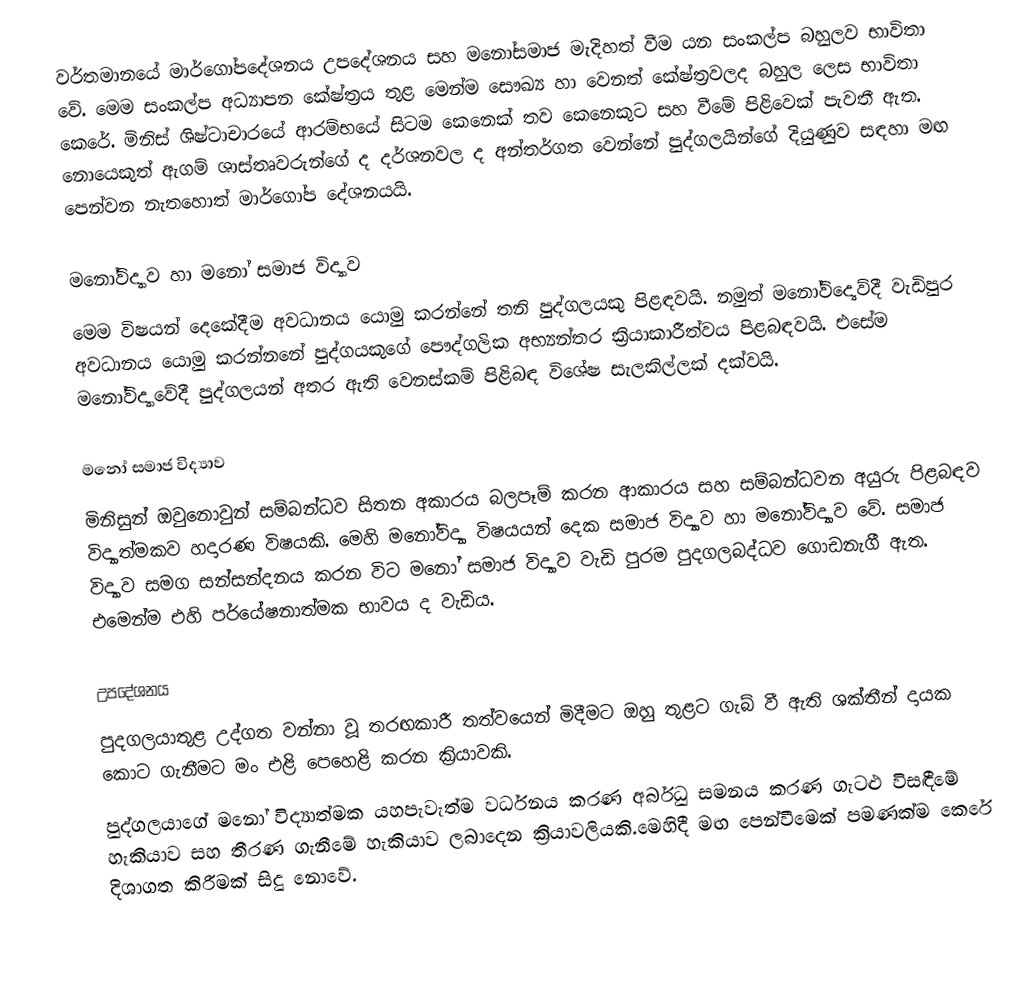
වර්තමානයේ මාර්ගෝපදේශනය උපදේශනය සහ මනෝසමාජ මැදිහත් වීම යන සංකල්ප බහුලව භාවිතා වේ. මෙම සංකල්ප අධ්‍යාපන කේෂ්ත්‍රය තුළ මෙන්ම සෞඛ්‍ය හා වෙනත් කේෂ්ත්‍රවලද බහුල ලෙස භාවිතා කෙරේ. මිනිස් ශිෂ්ටාචාරයේ ආරම්භයේ සිටම කෙනෙක් තව කෙනෙකුට සහ වීමේ පිළිවෙක් පැවතී ඇත. නොයෙකුත් ඇගම් ශාස්තෘවරුන්ගේ ද දර්ශනවල ද අන්තර්ගත වෙන්නේ පුද්ගලයින්ගේ දියුණුව සඳහා මඟ පෙන්වන නැතහොත් මාර්ගෝප දේශනයයි.

මනෝවිද්‍යාව හා මනෝ සමාජ විද්‍යාව
මෙම විෂයන් දෙකේදීම අවධානය යොමු කරන්නේ තනි පුද්ගලයකු පිළඳවයි. නමුත් මනෝවිද්‍යෙව්දී වැඩිපුර අවධානය යොමු කරන්නනේ පුද්ගයකුගේ පෞද්ගලික අභ්‍යන්තර ක්‍රියාකාරීත්වය පිළබඳවයි. එසේම මනෝවිද්‍යාවේදී පුද්ගලයන් අතර ඇති වෙනස්කම් පිළිබඳ විශේෂ සැලකිල්ලක් දක්වයි.

මනෝ සමාජ විද්‍යාව
මිනිසුන් ඔවුනොවුන් සම්බන්ධව සිතන අකාරය බලපෑම් කරන ආකාරය සහ සම්බන්ධවන අයුරු පිළබඳව විද්‍යාත්මකව හදාරණ විෂයකි. මෙහි මනෝවිද්‍යා විෂයයන් දෙක සමාජ විද්‍යාව හා මනෝවිද්‍යාව වේ. සමාජ විද්‍යාව සමග සන්සන්දනය කරන විට මනෝ සමාජ විද්‍යාව වැඩි පුරම පුදගලබද්ධව ගොඩනැගී ඇත. එමෙන්ම එහි පර්යේෂනාත්මක භාවය ද වැඩිය.

උපදේශනය
පුදගලයාතුළ උද්ගත වන්නා වූ තරඟකාරී තත්වයෙන් මිදීමට ඔහු තුළට ගැබ් වී ඇති ශක්තීන් දායක කොට ගැනීමට මං එළි පෙහෙළි කරන ක්‍රියාවකි.
පුද්ගලයාගේ මනෝ විද්‍යාත්මක යහපැවැත්ම වර්ධනය කරණ අර්බුධ සමනය කරණ ගැටළු විසඳීමේ හැකියාව සහ තීරණ ගැනීමේ හැකියාව ලබාදෙන ක්‍රියාවලියකි.මෙහිදී  මඟ පෙන්වීමෙක් පමණක්ම කෙරේ දිශාගත කිරීමක් සිදු නොවේ.